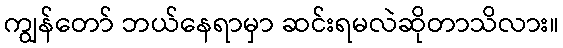
ကျွန်တော် ဘယ်နေရာမှာ ဆင်းရမလဲဆိုတာသိလား။